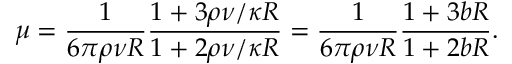
\mu = \frac { 1 } { 6 \pi \rho \nu R } \frac { 1 + 3 \rho \nu / \kappa R } { 1 + 2 \rho \nu / \kappa R } = \frac { 1 } { 6 \pi \rho \nu R } \frac { 1 + 3 b R } { 1 + 2 b R } .